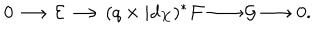
0 \longrightarrow \mathcal { E } \longrightarrow ( q \times i d _ { X } ) ^ { * } \mathcal { F } \longrightarrow \mathcal { G } \longrightarrow 0 .